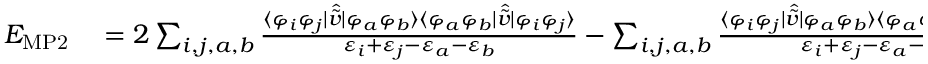
\begin{array} { r l } { E _ { \mathrm { M P 2 } } } & { { } = 2 \sum _ { i , j , a , b } { \frac { \langle \varphi _ { i } \varphi _ { j } | { \hat { \tilde { v } } } | \varphi _ { a } \varphi _ { b } \rangle \langle \varphi _ { a } \varphi _ { b } | { \hat { \tilde { v } } } | \varphi _ { i } \varphi _ { j } \rangle } { \varepsilon _ { i } + \varepsilon _ { j } - \varepsilon _ { a } - \varepsilon _ { b } } } - \sum _ { i , j , a , b } { \frac { \langle \varphi _ { i } \varphi _ { j } | { \hat { \tilde { v } } } | \varphi _ { a } \varphi _ { b } \rangle \langle \varphi _ { a } \varphi _ { b } | { \hat { \tilde { v } } } | \varphi _ { j } \varphi _ { i } \rangle } { \varepsilon _ { i } + \varepsilon _ { j } - \varepsilon _ { a } - \varepsilon _ { b } } } } \end{array}